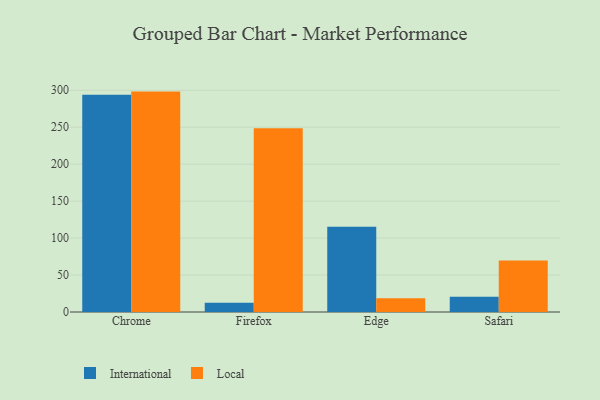
{"axis": {"x": "Browser", "y": "Shipments"}, "legend": ["International", "Local"], "data": [{"x": "Chrome", "y": 293.8, "type": "International"}, {"x": "Chrome", "y": 298.2, "type": "Local"}, {"x": "Firefox", "y": 12.5, "type": "International"}, {"x": "Firefox", "y": 248.7, "type": "Local"}, {"x": "Edge", "y": 115.4, "type": "International"}, {"x": "Edge", "y": 18.5, "type": "Local"}, {"x": "Safari", "y": 20.8, "type": "International"}, {"x": "Safari", "y": 69.7, "type": "Local"}]}